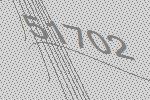
51702